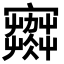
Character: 𡫾